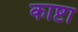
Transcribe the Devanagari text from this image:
काष्टा